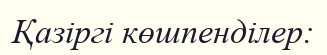
Қазіргі көшпенділер: